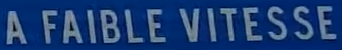
A FAIBLE VITESSE